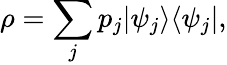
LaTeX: \rho=\sum_{j}p_{j}|\psi_{j}\rangle\langle\psi_{j}|,